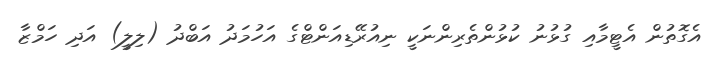
އެގޮތުން އެޓީމާއި ގުޅުނު ކުޅުންތެރިންނަކީ ނިއުރޭޑިއަންޓްގެ އަހުމަދު އަބްދު (ލިލީ) އަދި ހަމްޒާ